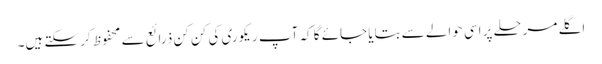
اگلے مرحلے پر اسی حوالے سے بتایا جائے گا کہ آپ ریکوری کی کن کن ذرائع سے محفوظ کر سکتے ہیں۔